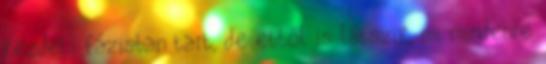
kezdeti fázisban tart, de ebből is látszik, mi mindenre